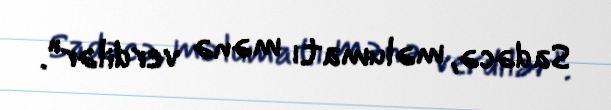
Sadəcə, məlumatı mənə verdilər”.